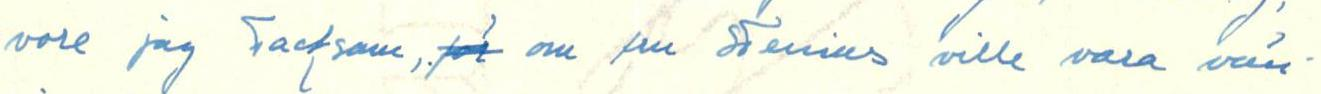
vore jag tacksam, för om fru Stenius ville vara vän-